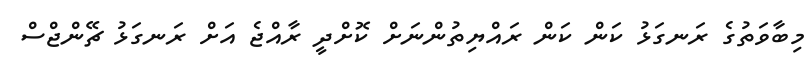
މިބާވަތުގެ ރަނގަޅު ކަން ކަން ރައްޔިތުންނަށް ކޮށްދީ ރާއްޖެ އަށް ރަނގަޅު ޗޭންޖްސް